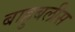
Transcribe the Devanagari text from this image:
बाहुबलीस